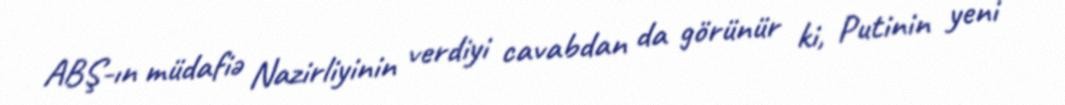
ABŞ-ın müdafiə Nazirliyinin verdiyi cavabdan da görünür ki, Putinin yeni